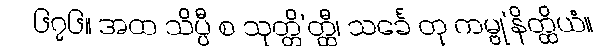
၆၇၆။ အထ သိပ္ပီ စ သုတ္တိ’တ္ထီ၊ သင်္ခေ တု ကမ္ဗု’နိတ္ထိယံ။